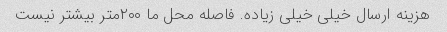
هزینه ارسال خیلی خیلی زیاده. فاصله محل ما ۲۰۰متر بیشتر نیست